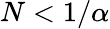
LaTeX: N<1/\alpha